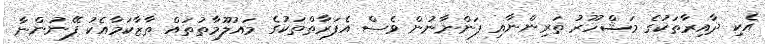
އެކި ދާއިރާތަކުގެ މަޝްހޫރު ތަރިންނާއި ފަންނާނުން ވެސް އެފަރާތްތަކުގެ މައުލޫމާތުތައް ތާޒާކަމާއެކު ފޭނުންނާ